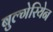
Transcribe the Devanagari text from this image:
बुल्गेरियेन